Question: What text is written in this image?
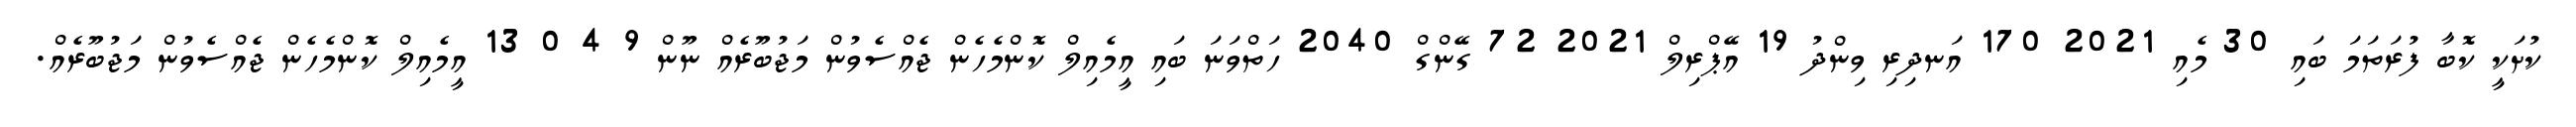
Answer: ކުށަކީ ކޮބާ ފުރަތަމަ ބައި 30 މެއި 2021 170 އަނދިރި ވިންދު 19 އޭޕްރިލް 2021 72 ގޭންގް 2040 ހަތްވަނަ ބައި އީމެއިލް ކޮންމެހެން ޖެއްސެވުން މަޖުބޫރެއް ނޫން 9 4 0 13 އީމެއިލް ކޮންމެހެން ޖެއްސެވުން މަޖުބޫރެއް.